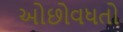
ઓછોવધતો